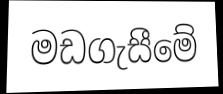
මඩගැසීමේ